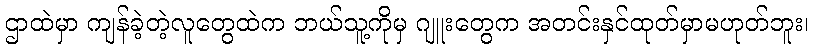
ဌာထဲမှာ ကျန်ခဲ့တဲ့လူတွေထဲက ဘယ်သူ့ကိုမှ ဂျူးတွေက အတင်းနှင်ထုတ်မှာမဟုတ်ဘူး၊